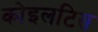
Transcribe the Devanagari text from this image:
कोइलटिस